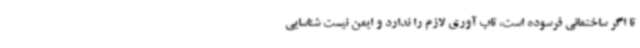
تا اگر ساختمانی فرسوده است، تاب آوری لازم را ندارد و ایمن نیست شناسایی